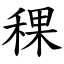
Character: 稞